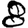
Digit: 8